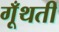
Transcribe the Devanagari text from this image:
गूँथतीं